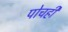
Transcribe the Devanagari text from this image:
पोचही